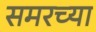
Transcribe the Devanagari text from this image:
समरच्या